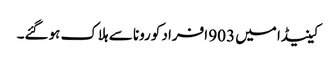
کینیڈا میں 903 افراد کورونا سے ہلاک ہوگئے۔